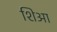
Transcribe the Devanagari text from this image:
शिआ